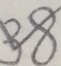
3 8